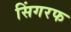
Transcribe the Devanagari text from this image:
सिंगरफ